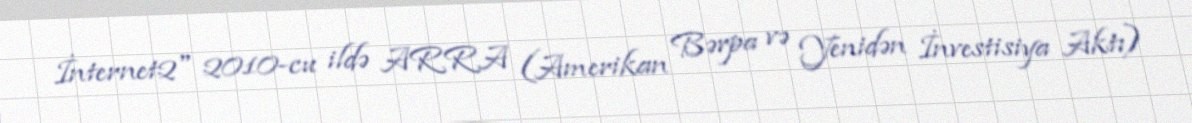
İnternet2" 2010-cu ildə ARRA (Amerikan Bərpa və Yenidən İnvestisiya Aktı)